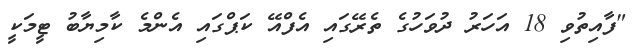
"ފާއިތުވި 18 އަހަރު ދުވަހުގެ ތެރޭގައި އެފްއޭ ކަޕްގައި އެންމެ ކާމިޔާބު ޓީމަކީ